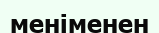
меніменен